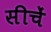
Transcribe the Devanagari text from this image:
सीचें